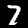
Label: 7